Tezpur Lunatic Asylum reports 1877-1894 - 1877-1894
Year: 1877
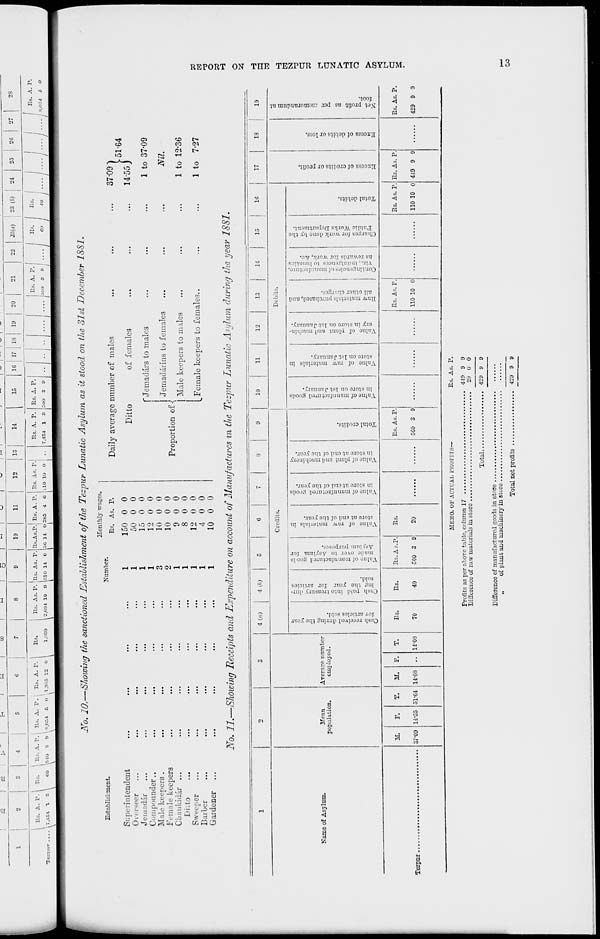
REPORT ON THE TEZPUR LUNATIC ASYLUM.
13
P, o
K
P<
f-i
A H
3 3
'-
tn o
•3 o
pi
o
ti o
"1 4
pj
a
■3 *
M g
b o
■3 H
S_
O
p4
o
^
o
M JL
o
«
H
o
1-H
CO
CO
*H
o
s
<o
CO
HO
=0
o
o
oo
Co
<3
§>
•S
^
Pi
1
•S
«o
1 cl 1
i
t^
£ °- |
Co
I
' ?
I
1
P<
I
IS
I
cS
10
^
1
N
3 ?. ■
Pi *
■rtj
»
■*
"j a r
-*
Oi
to
h-
zo
O
CO
cn
i—i
t~
CM
1^
«3
CO
£
1-H
o
o
O
C5
»o
*J
-M
4->
O
VO
1-<
1-H
—i
t-
■<*
CO
1—1
03
O
*e1
o
d
03
Q
a
03
O
CO
o
g
o
4-1
rt
rt
m
o
CO
ei
a
O
o
co
CO
3
P<
CJ
a>
o
«w
«H
w
o
O
-eij
o
o
(H
Ti
""a
<D
«
rt
cS
^3
a
g
S3
a
CD
a
3
0
i-a
Ha
r-n
U^
a
o
s
o
bo 22
o
o
Q
n
>
a
M
>,
O
ft
a
o
Q
d,
-•a
•a
3
CO
CO
I 4
3
lb
■i
.co
<>
CO
co
fi-
3
a b to
%■
s
ri OOOOOOOOOOO
<
OOOOOOOOOOO
o
HO
V,
. OOOIMOOQCOJIiO
2
<^ o « VO O i—11—II-If<
rH
i—l
O
HO
9
rH
CO
S
•y
C
ft
s
«c;
Co
,co
o
<to
1 3
H H H H M (M H H rt H H
|»
•TS
fl
A
^
5
"«
S5.
R
•M
""8
o
s
s
"3
eo
»••■■•••••■
•<o
<5J
S?4
CO
•?s
w
CO
S : : c g a : : : : :
= ei>s: u o « o3
S-i
~ 35 2 el"™ *3 «2 3 ir-o o
a; !- 2 c « S 3 'j; H -^ T3
D, i : : ~ ; a Q r* - h
•qooj
qn mnputuotrtnu: .tod B« qrjoad rjovj
•ssoi ao sitqop jo ssooxa
•■Hjcud JO s^ipo.io jo ssonxji
P
•Ejtqop pjox
■Vi"im3.T\;dnci STI.TO^V riT[o,«J
oiU A<1 ouop J[.IOAV aoj BSSiuqO
•a?y '>[.io.v. JOJ sp.iii.\V3.i su
■■lniaiui c>i si.iu.i-jinuu -'ZIA
'aan^oDjnuutn josapuaStn^uoo
•S30S.li:r[0 lOTftO tit!
puts 'posBtioauiI sti;uo|iiia Aiuy;
•Xjnunuf y*i no OJO-JS tn JC.IO
-unioum pun ^uutd jo ontuA
in stiiT.xojuiu .vvu.1 jo oti[t:A
spoo3 pj.Ltiqoujuuiiui jo oii[L'\
O
•fc^ipi.TD tB^OJ,
Mvn.C nifi jo pun in o.iojs tit
A.iouiipuiupuo qiiuid joou[i:.v
MVO.C oitl jo pnn ]t! OJOJS ut
spoon po.iiijjujiiuuui jo oiip:.v
'XB3& OTJJ JO pil3 qi! 0.10JS
U] S[liI.lOJUlU .VVU.t JO otiiii_y
•s3sod.uid cantisy
.toj rantilsy oq .IOAO o(ium
siiooS paanjoujnutjta jo OIUUA
•pins
sopii.tu .toj .tno.C o\\i Zu\
-anp A'.UISUO.IJ ojui piud ttsu^
•pjos sopij.ii; ,ioj
xaoS. oqj Sui.iup pOAiood.i usiiQ
\i
If Oj O
«1
a
I
4
o
M
If
(3
PM
P4
M
o
o
PH
o
o
<sl
r-<
O
C5
I
00
EH
p
•
CO
rf
■ill
•*
EH
US
19
PH
3
^i
CJ
X
o
p^ «o CJ
OJ
m => = 9>
CJ
<J
C! O
35
A 5 N
T?
" 1
CO
O
H
CJ
-1
P^
*~
o
O
d
c —•
11
11
I
s
p